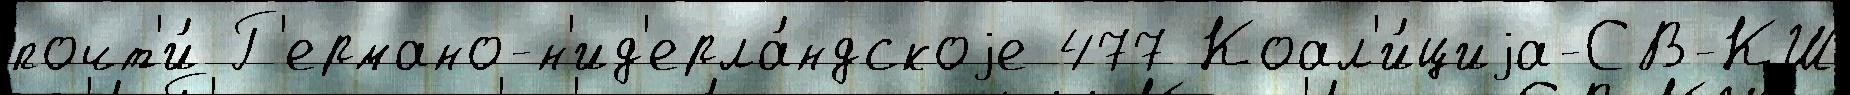
почт'и́ Г'ермано-н'ид'ерла́ндскоjе 477 Коал'и́циjа-СВ-КШ